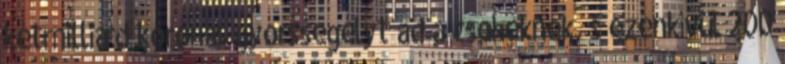
kétmilliárd koronás gyorssegélyt ad a cseheknek, s ezenkívül 200